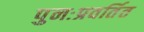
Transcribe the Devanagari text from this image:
पुनःप्रवर्तित